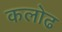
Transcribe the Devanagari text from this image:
कलोढ